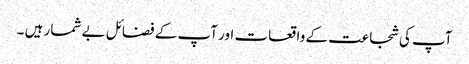
آپ کی شجاعت کے واقعات اور آپ کے فضائل بے شمار ہیں ۔